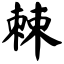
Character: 棘